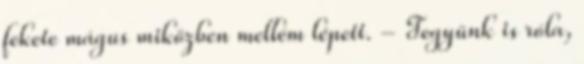
fekete mágus miközben mellém lépett. - Tegyünk is róla,